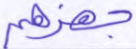
جهزهم